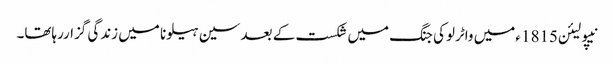
نیپولیئن1815 ءمیں واٹرلوکی جنگ میں شکست کے بعد سین ہیلونا میں زندگی گزاررہاتھا۔